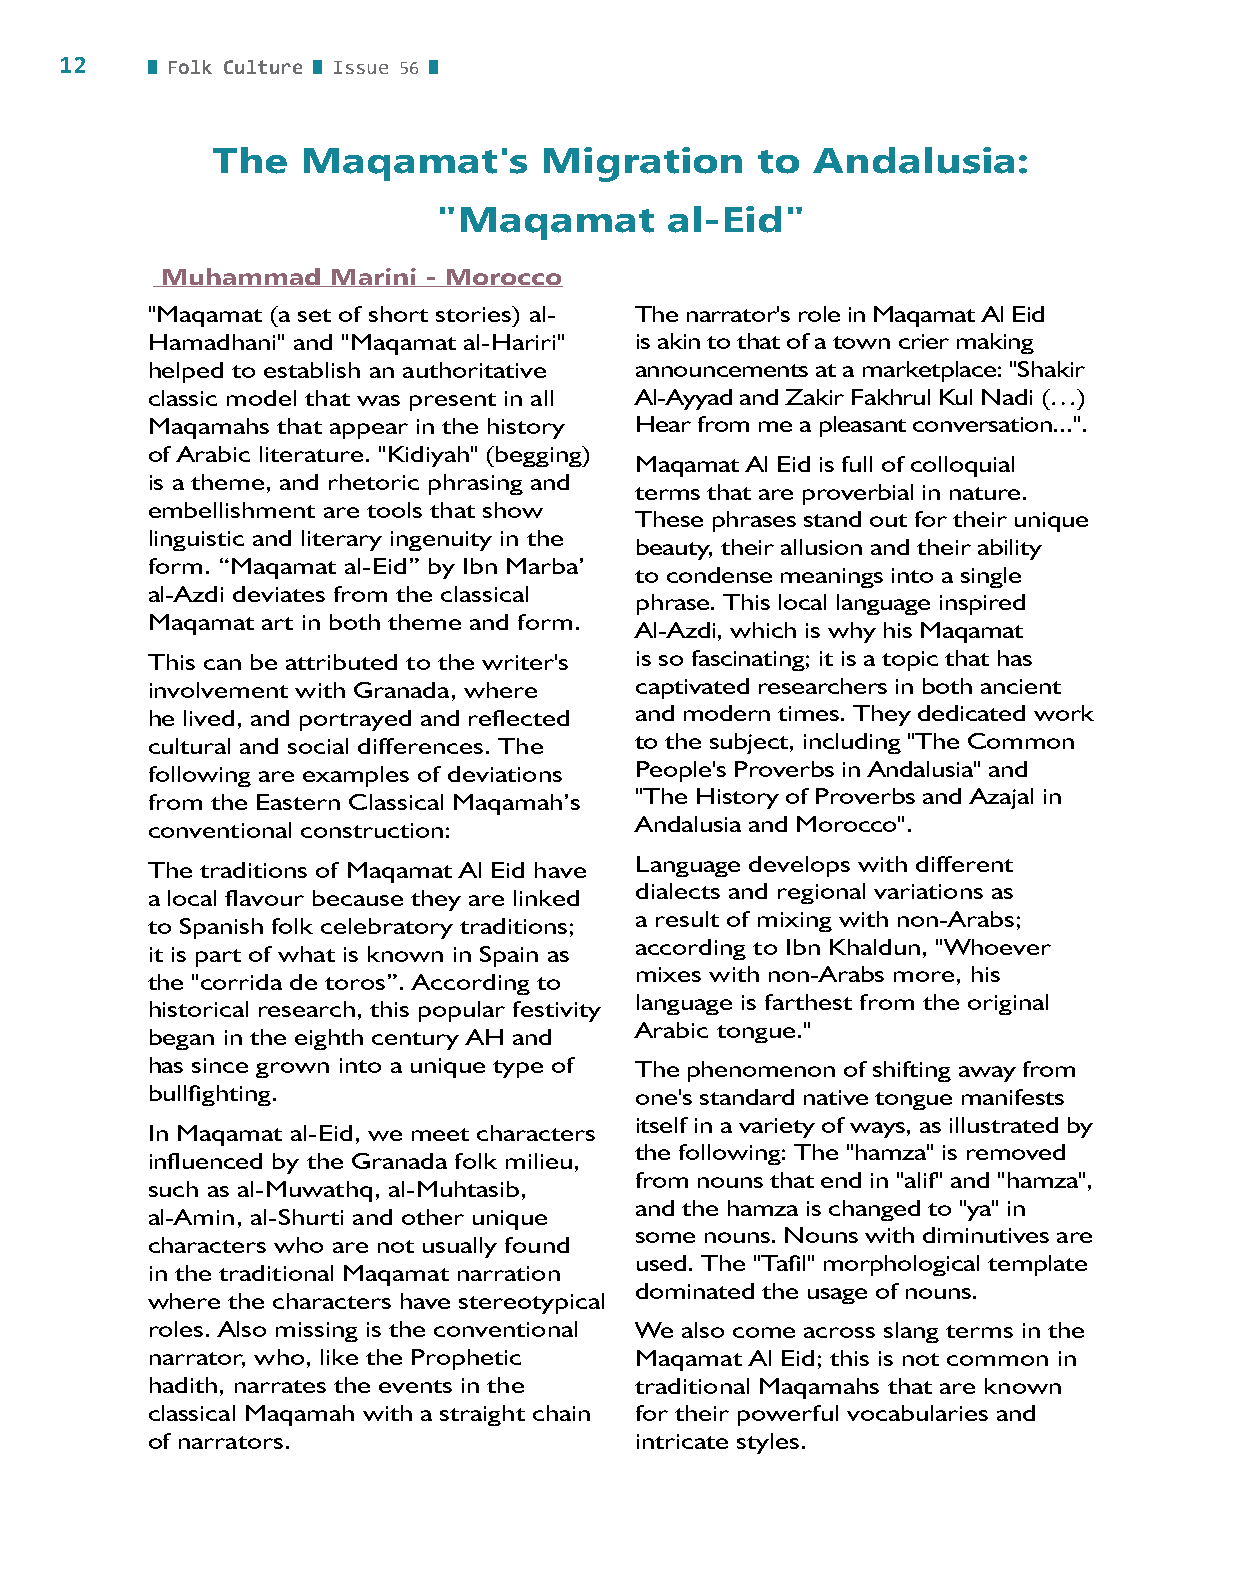
12     Folk Culture Issue 56
 The   Maqamat's       Migration     to  Andalusia:
 "Maqamat       al-Eid"
 Muhammad   Marini - Morocco
 "Maqamat (a set of short stories) al- The narrator's role in Maqamat Al Eid
 Hamadhani" and "Maqamat al-Hariri" is akin to that of a town crier making
 helped to establish an authoritative announcements at a marketplace: "Shakir
 classic model that was present in all Al-Ayyad and Zakir Fakhrul Kul Nadi (…)
 Maqamahs that appear in the history Hear from me a pleasant conversation...".
 of Arabic literature. "Kidiyah" (begging)
 Maqamat Al Eid is full of colloquial
 is a theme, and rhetoric phrasing and
 terms that are proverbial in nature.
 embellishment are tools that show
 These phrases stand out for their unique
 linguistic and literary ingenuity in the
 beauty, their allusion and their ability
 form. “Maqamat al-Eid” by Ibn Marba’
 to condense meanings into a single
 al-Azdi deviates from the classical
 phrase. This local language inspired
 Maqamat art in both theme and form.
 Al-Azdi, which is why his Maqamat
 This can be attributed to the writer's is so fascinating; it is a topic that has
 involvement with Granada, where captivated researchers in both ancient
 he lived, and portrayed and reflected and modern times. They dedicated work
 cultural and social differences. The to the subject, including "The Common
 following are examples of deviations People's Proverbs in Andalusia" and
 from the Eastern Classical Maqamah’s "The History of Proverbs and Azajal in
 conventional construction:      Andalusia and Morocco".
 The traditions of Maqamat Al Eid have Language develops with different
 dialects and regional variations as
 a local flavour because they are linked
 a result of mixing with non-Arabs;
 to Spanish folk celebratory traditions;
 according to Ibn Khaldun, "Whoever
 it is part of what is known in Spain as
 mixes with non-Arabs more, his
 the "corrida de toros”. According to
 language is farthest from the original
 historical research, this popular festivity
 Arabic tongue."
 began in the eighth century AH and
 has since grown into a unique type of The phenomenon of shifting away from
 bullfighting.                   one's standard native tongue manifests
 itself in a variety of ways, as illustrated by
 In Maqamat al-Eid, we meet characters
 the following: The "hamza" is removed
 influenced by the Granada folk milieu,
 from nouns that end in "alif" and "hamza",
 such as al-Muwathq, al-Muhtasib,
 and the hamza is changed to "ya" in
 al-Amin, al-Shurti and other unique
 some nouns. Nouns with diminutives are
 characters who are not usually found
 used. The "Tafil" morphological template
 in the traditional Maqamat narration
 dominated the usage of nouns.
 where the characters have stereotypical
 roles. Also missing is the conventional We also come across slang terms in the
 narrator, who, like the Prophetic Maqamat Al Eid; this is not common in
 hadith, narrates the events in the traditional Maqamahs that are known
 classical Maqamah with a straight chain for their powerful vocabularies and
 of narrators.                   intricate styles.